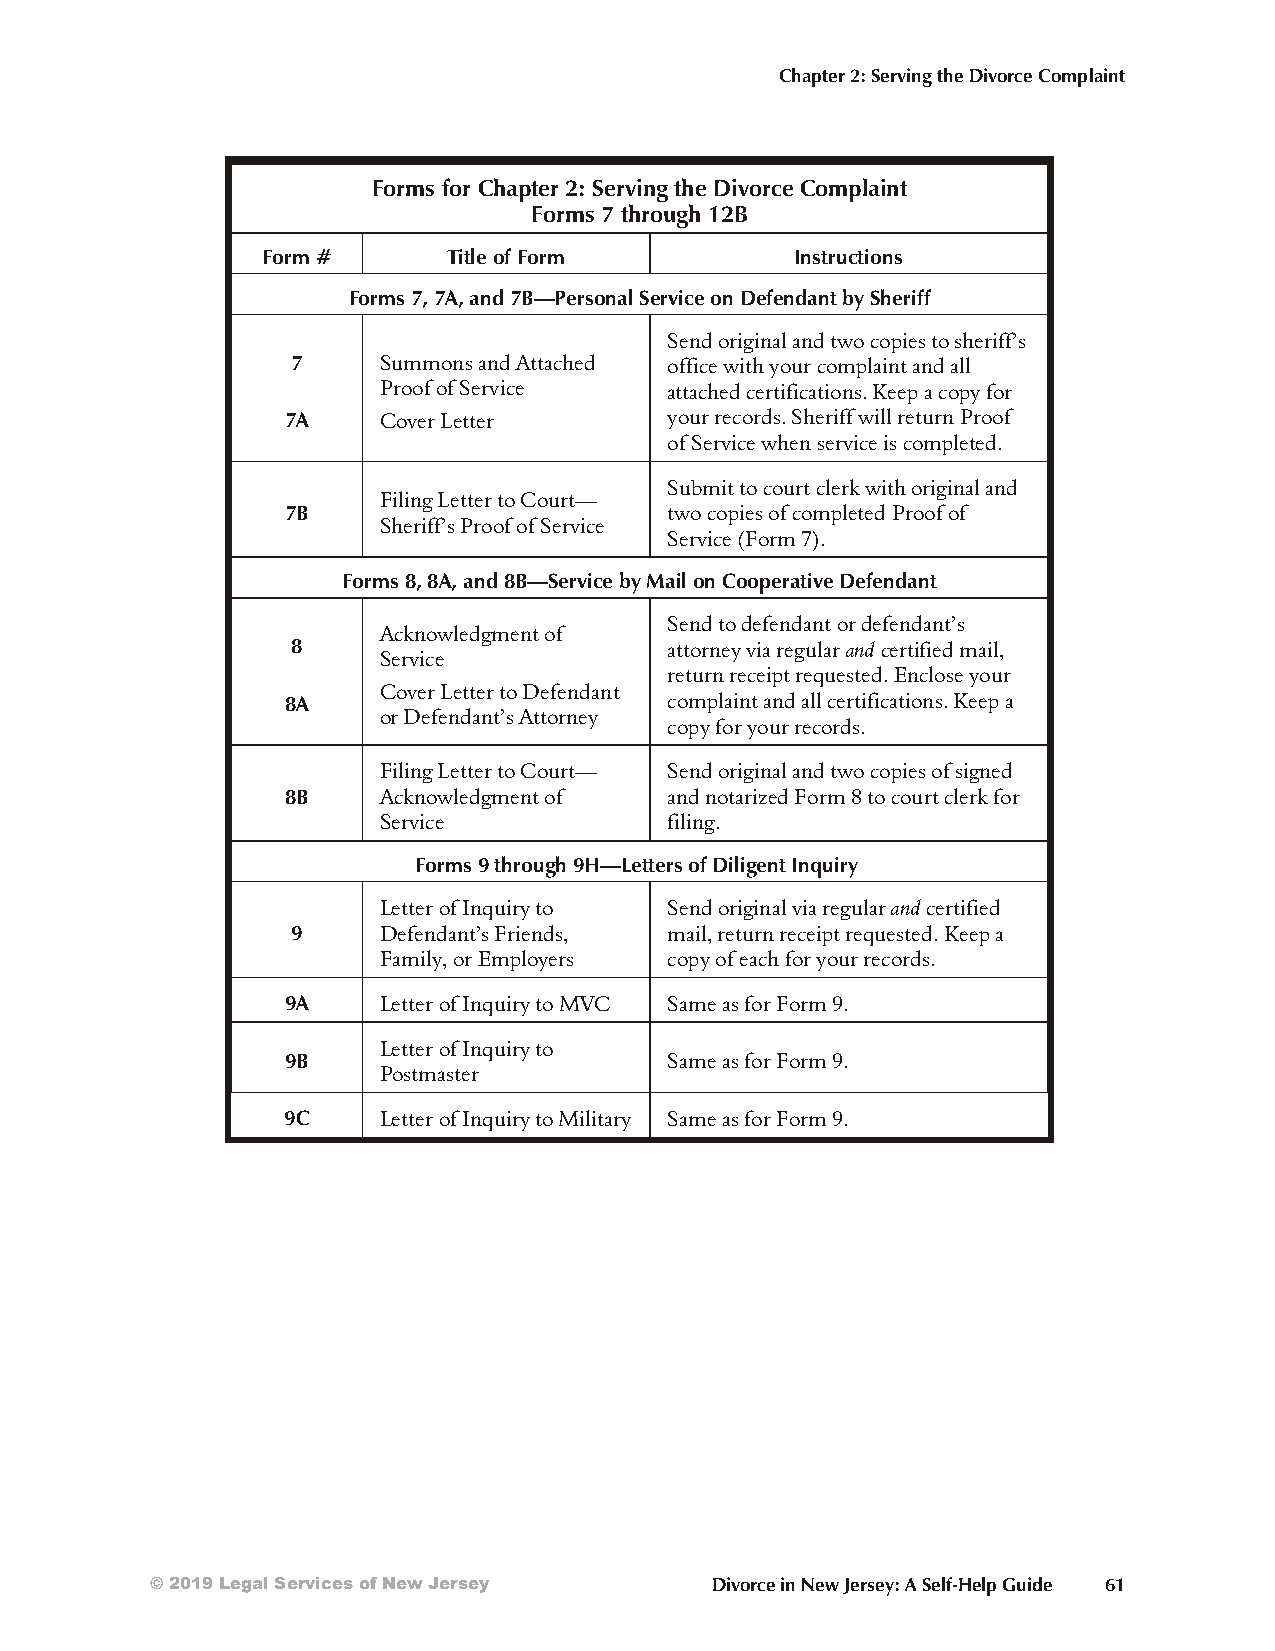
Chapter 2: Serving the Divorce Complaint
 Forms for Chapter 2: Serving the Divorce Complaint
 Forms 7 through 12B
 Form #       Title of Form          Instructions
 Forms 7, 7A, and 7B—Personal Service on Defendant by Sheriff
 Send original and two copies to sheriff’s
 7     Summons and Attached office with your complaint and all
 Proof of Service   attached certifications. Keep a copy for
 7A    Cover Letter       your records. Sheriff will return Proof
 of Service when service is completed.
 Submit to court clerk with original and
 Filing Letter to Court—
 7B                       two copies of completed Proof of
 Sheriff’s Proof of Service
 Service (Form 7).
 Forms 8, 8A, and 8B—Service by Mail on Cooperative Defendant
 Send to defendant or defendant’s
 Acknowledgment of
 8                        attorney via regular and certified mail,
 Service
 return receipt requested. Enclose your
 Cover Letter to Defendant
 8A                       complaint and all certifications. Keep a
 or Defendant’s Attorney
 copy for your records.
 Filing Letter to Court— Send original and two copies of signed
 8B    Acknowledgment of  and notarized Form 8 to court clerk for
 Service            filing.
 Forms 9 through 9H—Letters of Diligent Inquiry
 Letter of Inquiry to Send original via regular and certified
 9     Defendant’s Friends, mail, return receipt requested. Keep a
 Family, or Employers copy of each for your records.
 9A    Letter of Inquiry to MVC Same as for Form 9.
 Letter of Inquiry to
 9B                       Same as for Form 9.
 Postmaster
 9C    Letter of Inquiry to Military Same as for Form 9.
 © 2019 Legal Services of New Jersey  Divorce in New Jersey: A Self-Help Guide 61